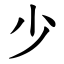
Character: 少